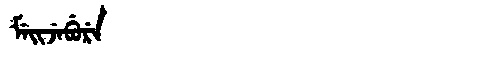
Manchu: ᠮᡝᡳᠵᡝᠪᡠᡵᡝ
Romanization: MEIJEBURE